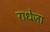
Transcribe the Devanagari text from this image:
राधेजा